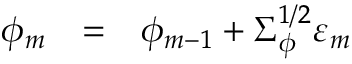
\begin{array} { r c l } { \phi _ { m } } & { = } & { \phi _ { m - 1 } + \Sigma _ { \phi } ^ { 1 / 2 } \varepsilon _ { m } } \end{array}